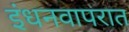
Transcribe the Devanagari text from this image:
इंधनवापरात